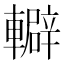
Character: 䡶